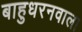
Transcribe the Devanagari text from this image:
बाहुधरनवाला